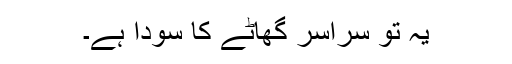
یہ تو سراسر گھاٹے کا سودا ہے۔